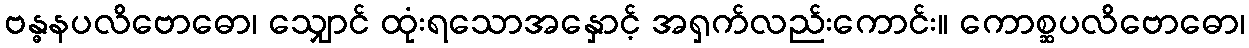
ဗန္ဓနပလိဗောဓော၊ သျှောင် ထုံးရသောအနှောင့် အရှက်လည်းကောင်း။ ကောစ္ဆပလိဗောဓော၊